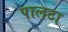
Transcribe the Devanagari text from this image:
पालटा